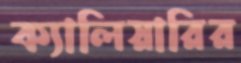
ক্যালিয়ারির